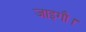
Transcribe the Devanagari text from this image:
जाइगौ।